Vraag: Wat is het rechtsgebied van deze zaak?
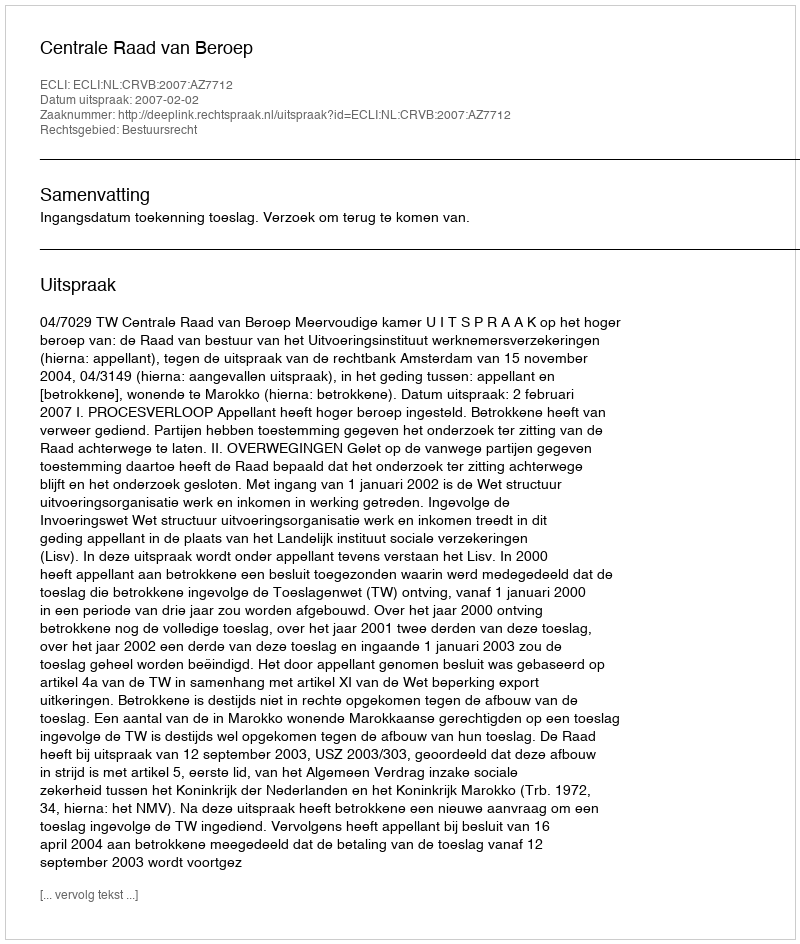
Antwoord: Bestuursrecht